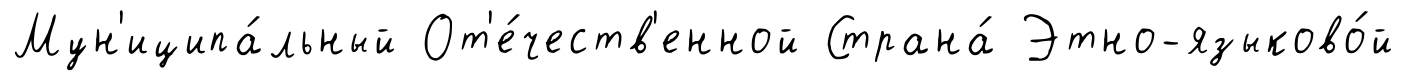
Мун'иципа́льный От'е́честв'енной Страна́ Этно-языково́й